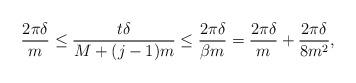
LaTeX: \begin{align*}\frac{2\pi\delta}{m} \le \frac{t\delta}{M+(j-1)m} \le \frac{2\pi\delta}{\beta m} = \frac{2\pi\delta}{m} + \frac{2\pi\delta}{8m^{2}},\end{align*}